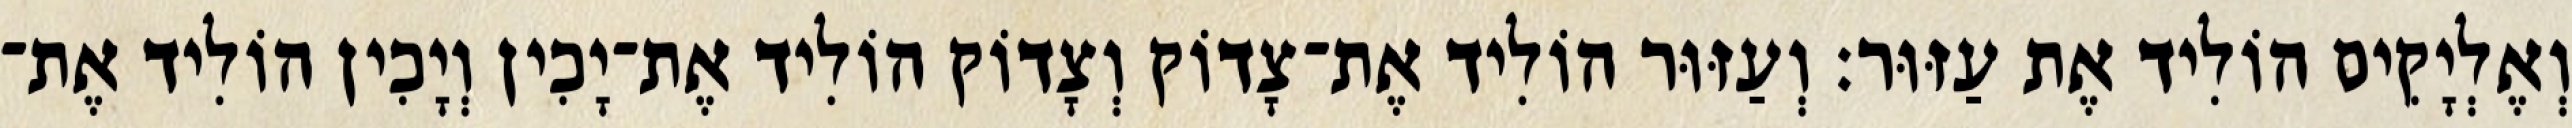
וְאֶלְיָקִים הוֹלִיד אֶת עַזּוּר׃ וְעַזּוּר הוֹלִיד אֶת־צָדוֹק וְצָדוֹק הוֹלִיד אֶת־יָכִין וְיָכִין הוֹלִיד אֶת־